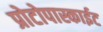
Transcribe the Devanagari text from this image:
प्रोटोपास्काईट